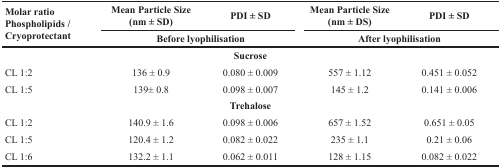
| <ROWSPAN=2> Molar ratio Phospholipids / Cryoprotectant | Mean Particle Size (nm ± SD) | PDI ± SD | Mean Particle Size (nm ± DS) | PDI ± SD |
 | <COLSPAN=2> Before lyophilisation | <COLSPAN=2> After lyophilisation |
 | --- | --- | --- | --- | --- |
 | <COLSPAN=5> Sucrose |
 | CL 1:2 | 136 ± 0.9 | 0.080 ± 0.009 | 557 ± 1.12 | 0.451 ± 0.052 |
 | CL 1:5 | 139± 0.8 | 0.098 ± 0.007 | 145 ± 1.2 | 0.141 ± 0.006 |
 | <COLSPAN=5> Trehalose |
 | CL 1:2 | 140.9 ± 1.6 | 0.098 ± 0.006 | 657 ± 1.52 | 0.651 ± 0.05 |
 | CL 1:5 | 120.4 ± 1.2 | 0.082 ± 0.022 | 235 ± 1.1 | 0.21 ± 0.06 |
 | CL 1:6 | 132.2 ± 1.1 | 0.062 ± 0.011 | 128 ± 1.15 | 0.082 ± 0.022 |